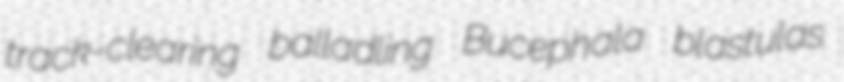
track-clearing balladling Bucephala blastulas